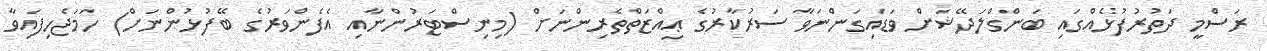
ރަސްމީ ދަތުރުފުޅެއްގައި ބަންގްލަދޭޝަށް ވަޑައިގަންނަވާ ސަރުކާރުގެ ޢިއްޒަތްތެރިންނަށް (މިނިސްޓަރުންނާއި އެފެންވަރުގެ ބޭފުޅުންނަށް) ހަމަޖެހިފައިވާ